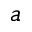
a